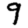
Digit: 9